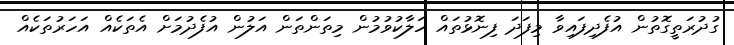
ގުދުރަތީގޮތުން އުފެދިފައިވާ މިފަދަ ފިނޮޅުތައް ހަލާކުވުމުން މިތަންތަން އަލުން އުފެދުމަށް އެތަކެއް އަހަރުތަކެއް